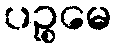
ပဉ္စမေ